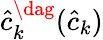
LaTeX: \hat{c}_{k}^{\dag}(\hat{c}_{k})